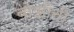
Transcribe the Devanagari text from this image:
बोझीनी